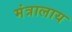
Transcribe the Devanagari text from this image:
मंत्रालाय